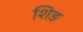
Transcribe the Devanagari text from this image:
शिङ